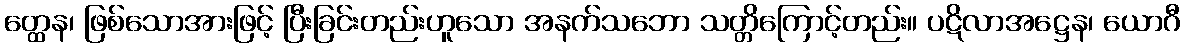
တ္ထေန၊ ဖြစ်သောအားဖြင့် ပြီးခြင်းတည်းဟူသော အနက်သဘော သတ္တိကြောင့်တည်း။ ပဋိလာအဋ္ဌေန၊ ယောဂီ